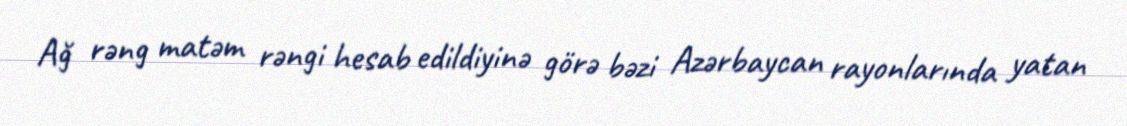
Ağ rəng matəm rəngi hesab edildiyinə görə bəzi Azərbaycan rayonlarında yatan